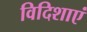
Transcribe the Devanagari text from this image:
विदिशाएं